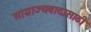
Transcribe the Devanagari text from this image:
साम्राज्यवादासाठी